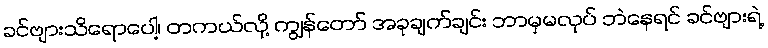
ခင်ဗျားသိရောပေါ့၊ တကယ်လို့ ကျွန်တော် အခုချက်ချင်း ဘာမှမလုပ် ဘဲနေရင် ခင်ဗျားရဲ့